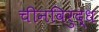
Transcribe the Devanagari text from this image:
चीनविरुद्ध